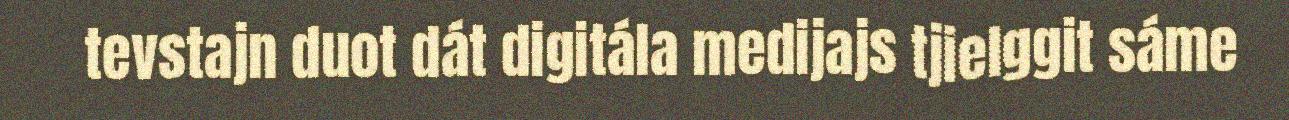
tevstajn duot dát digitála medijajs tjielggit sáme